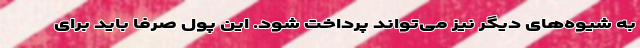
به شیوه‌های دیگر نیز می‌تواند پرداخت شود. این پول صرفا باید برای